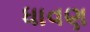
ધાવણ